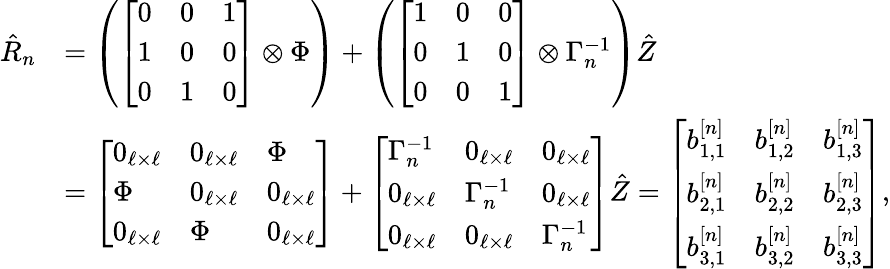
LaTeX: \begin{array}{rl}{\hat{R}_{n}}&{=\left(\left[\begin{array}{lll}{0}&{0}&{1}\\ {1}&{0}&{0}\\ {0}&{1}&{0}\end{array}\right]\otimes\Phi\right)+\left(\left[\begin{array}{lll}{1}&{0}&{0}\\ {0}&{1}&{0}\\ {0}&{0}&{1}\end{array}\right]\otimes\Gamma_{n}^{-1}\right)\hat{Z}}\\ &{=\left[\begin{array}{lll}{0_{\ell\times\ell}}&{0_{\ell\times\ell}}&{\Phi}\\ {\Phi}&{0_{\ell\times\ell}}&{0_{\ell\times\ell}}\\ {0_{\ell\times\ell}}&{\Phi}&{0_{\ell\times\ell}}\end{array}\right]+\left[\begin{array}{lll}{\Gamma_{n}^{-1}}&{0_{\ell\times\ell}}&{0_{\ell\times\ell}}\\ {0_{\ell\times\ell}}&{\Gamma_{n}^{-1}}&{0_{\ell\times\ell}}\\ {0_{\ell\times\ell}}&{0_{\ell\times\ell}}&{\Gamma_{n}^{-1}}\end{array}\right]\hat{Z}=\left[\begin{array}{lll}{b_{1,1}^{[n]}}&{b_{1,2}^{[n]}}&{b_{1,3}^{[n]}}\\ {b_{2,1}^{[n]}}&{b_{2,2}^{[n]}}&{b_{2,3}^{[n]}}\\ {b_{3,1}^{[n]}}&{b_{3,2}^{[n]}}&{b_{3,3}^{[n]}}\end{array}\right],}\end{array}